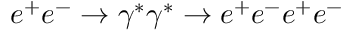
e ^ { + } e ^ { - } \to \gamma ^ { * } \gamma ^ { * } \to e ^ { + } e ^ { - } e ^ { + } e ^ { - }